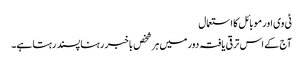
ٹی وی اور موبائل کا استعمال
آج کے اس ترقی یافتہ دور میں ہر شخص باخبر رہنا پسند رہتا ہے۔